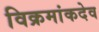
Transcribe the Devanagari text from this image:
विक्रमांकदेव